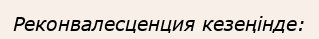
Реконвалесценция кезеңінде: